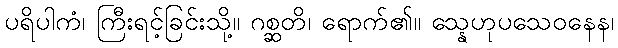
ပရိပါကံ၊ ကြီးရင့်ခြင်းသို့။ ဂစ္ဆတိ၊ ရောက်၏။ သ္နေဟုပသေဝနေန၊